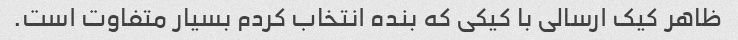
ظاهر کیک ارسالی با کیکی که بنده انتخاب کردم بسیار متفاوت است.